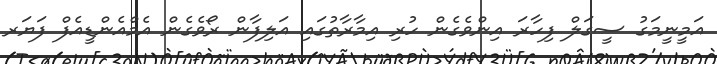
އަމީނީމަގު ސީގަލް ފިހާރަ އިންވެގެން ހުރި އިމާރާތުގައި އަލިފާން ރޯވެގެން އެމްއެންޑީއެފް ފަޔަރ